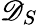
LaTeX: \mathscr{D}_{S}